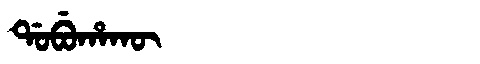
Manchu: ᡩᠣᠪᡠᡥᠠᡴᡡ
Romanization: DOBUHAKŪ